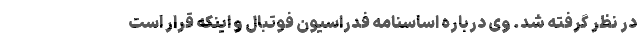
در نظر گرفته شد. وی درباره اساسنامه فدراسیون فوتبال و اینکه قرار است